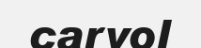
carvol